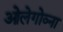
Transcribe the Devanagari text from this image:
ओलेगोव्ना